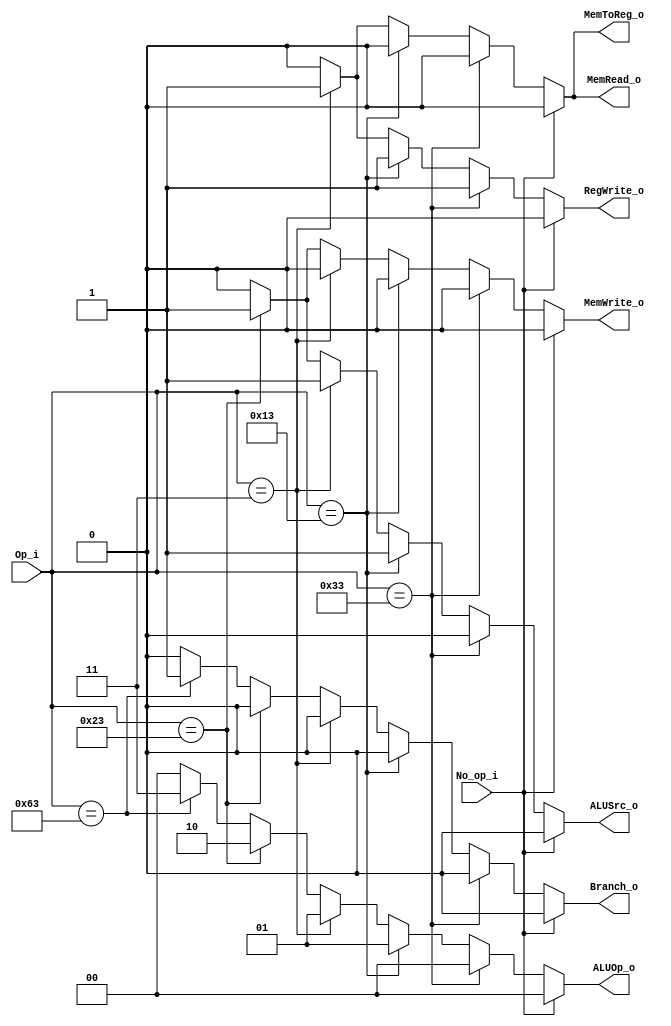
`define I_TYPE 7'b0010011
`define R_TYPE 7'b0110011
`define LOAD 7'b0000011
`define STORE 7'b0100011
`define BRANCH 7'b1100011
module Control(
    Op_i,       //   (Ins[6:0]),
    No_op_i,
    ALUOp_o,    //   (ALUOp[1:0]),
    ALUSrc_o,   //   (ALUSrc),
    RegWrite_o,  //   (Control_to_Reg)
    MemToReg_o,
    MemRead_o,
    MemWrite_o,
    Branch_o,
);
input      [6:0]   Op_i;
input No_op_i;
output  reg[1:0]   ALUOp_o;
output  reg        ALUSrc_o;
output  reg        RegWrite_o; 
output  reg        MemRead_o;
output  reg        MemWrite_o;
output  reg        MemToReg_o;
output  reg        Branch_o;

always@(Op_i, No_op_i) begin
    if (No_op_i == 1) begin
        ALUOp_o     =   2'b00;  
        ALUSrc_o    =   1'b0;
        RegWrite_o  =   1'b0;     
        MemRead_o   =   1'b0;
        MemWrite_o  =   1'b0;
        MemToReg_o  =   1'b0;
        Branch_o    =   1'b0;
    end
    else if (Op_i == `R_TYPE) begin
        ALUOp_o     =   2'b00;  //  R type
        ALUSrc_o    =   1'b0;
        RegWrite_o  =   1'b1;      //  Write Register
        MemRead_o   =   1'b0;
        MemWrite_o  =   1'b0;
        MemToReg_o  =   1'b0;
        Branch_o    =   1'b0;
    end
    else if (Op_i == `I_TYPE) begin
        ALUOp_o     =   2'b01;  //  I type
        ALUSrc_o    =   1'b1;      //  Mux Choose Immediate
        RegWrite_o  =   1'b1;      //  Write Register
        MemRead_o   =   1'b0;
        MemWrite_o  =   1'b0;
        MemToReg_o  =   1'b0;
        Branch_o    =   1'b0;
    end 
    else if (Op_i == `LOAD) begin
        ALUOp_o     =   2'b01;  //  I type
        ALUSrc_o    =   1'b1;      //  Mux Choose Immediate
        RegWrite_o  =   1'b1;      //  Write Register
        MemRead_o   =   1'b1;      //  Read Memory
        MemWrite_o  =   1'b0;      
        MemToReg_o  =   1'b1;
        Branch_o    =   1'b0;
    end
    else if (Op_i == `STORE) begin
        ALUOp_o     =   2'b10;  //  S-type (Store)
        ALUSrc_o    =   1'b1;      //  Mux Choose Immediate
        RegWrite_o  =   1'b0;      //  Write Register
        MemRead_o   =   1'b0;
        MemWrite_o  =   1'b1;      //  Write to Memory
        MemToReg_o  =   1'b0;
        Branch_o    =   1'b0;
    end
    else if (Op_i == `BRANCH) begin
        ALUOp_o     =   2'b11;  //  SB-type (Beq)
        ALUSrc_o    =   1'b0;   //  Mux Choose Register
        RegWrite_o  =   1'b0;
        MemRead_o   =   1'b0;
        MemWrite_o  =   1'b0;
        MemToReg_o  =   1'b0;
        Branch_o    =   1'b1;
    end
    else begin
        ALUOp_o     =   2'b00;  //  S-type (Store)
        ALUSrc_o    =   1'b0;      //  Mux Choose Immediate
        RegWrite_o  =   1'b0;      //  Write Register
        MemRead_o   =   1'b0;
        MemWrite_o  =   1'b0;      //  Write to Memory
        MemToReg_o  =   1'b0;
        Branch_o    =   1'b0;
    end
end
endmodule